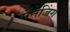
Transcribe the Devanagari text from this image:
मॅनेजिंग